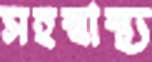
সহস্বাস্থ্য